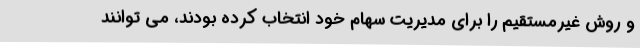
و روش غیرمستقیم را برای مدیریت سهام خود انتخاب کرده بودند، می توانند